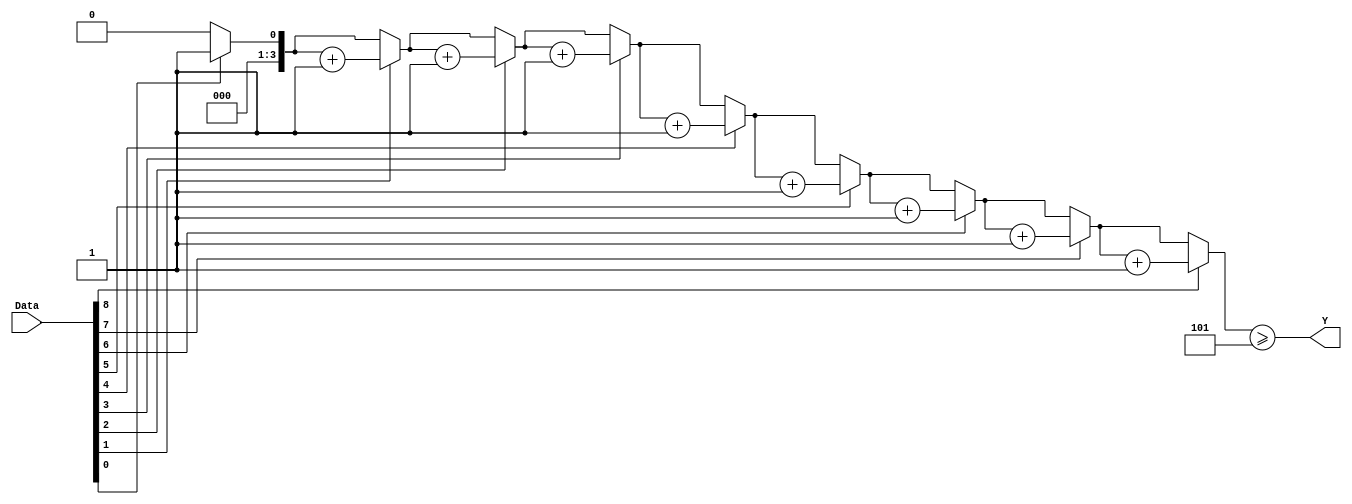
module majority_task(Y, Data);
	parameter size = 9;
	parameter majority = 5;
	input [size-1:0] Data;
	output Y;
	reg Y;
	reg [3:0] count;
	integer k;
	
	task count_num;
		output [3:0] count;
		input [size-1:0] data;
		
		begin 
			count = 0;
			for(k = 0; k < size; k = k+1) begin
				if(data[k] == 1) count = count + 1;
			end
		end
	endtask
	
	always @(Data) begin
		count_num(count, Data);
		Y = (count >= majority);
	end
endmodule